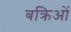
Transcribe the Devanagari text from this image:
बक्रिओं